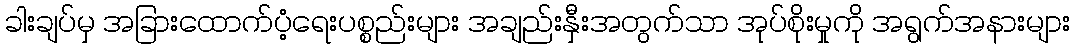
ခါးချပ်မှ အခြားထောက်ပံ့ရေးပစ္စည်းများ အချည်းနှီးအတွက်သာ အုပ်စိုးမှုကို အရွက်အနားများ